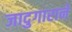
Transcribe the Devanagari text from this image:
जादुगाराने